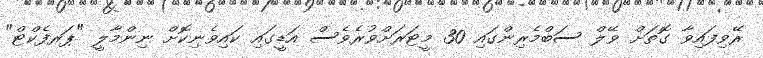
ރޭވިފައިވާ ގޮތަށް ވޭލް ސަބްމެރިންގައި 30 މީޓަރަށްވުރެވެސް އަޑީގައި ކައިވެނިކޮށް ނިންމާލީ "ޕަރފެކްޓް"